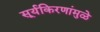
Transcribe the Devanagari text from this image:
सूर्यकिरणांमुळे